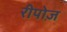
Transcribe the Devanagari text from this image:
रीपोज़